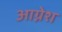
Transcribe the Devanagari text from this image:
आग्नेश